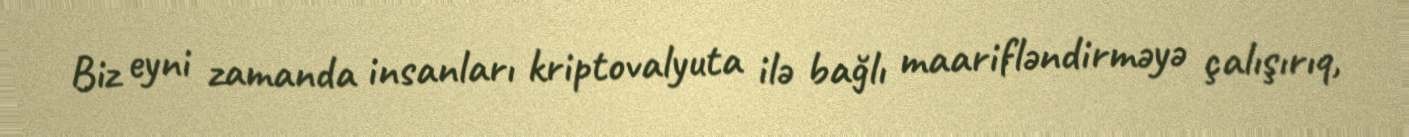
Biz eyni zamanda insanları kriptovalyuta ilə bağlı maarifləndirməyə çalışırıq,